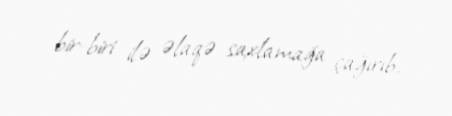
bir-biri ilə əlaqə saxlamağa çağırıb.